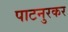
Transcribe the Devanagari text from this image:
पाटनुरकर